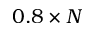
0 . 8 \times N